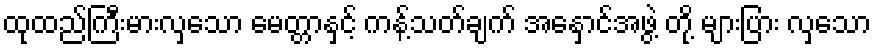
ထုထည်ကြီးမားလှသော မေတ္တာနှင့် ကန့်သတ်ချက် အနှောင်အဖွဲ့ တို့ များပြား လှသော